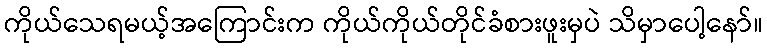
ကိုယ်သေရမယ့်အကြောင်းက ကိုယ်ကိုယ်တိုင်ခံစားဖူးမှပဲ သိမှာပေါ့နော်။